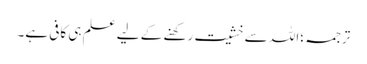
ترجمہ ؛اللہ سے خشیت رکھنے کے لیے علم ہی کافی ہے۔